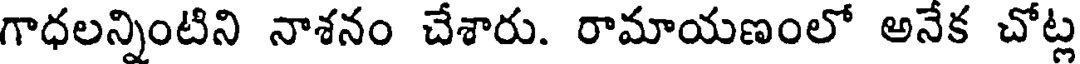
గాధలన్నింటిని నాశనం చేశారు. రామాయణంలో అనేక చోట్ల